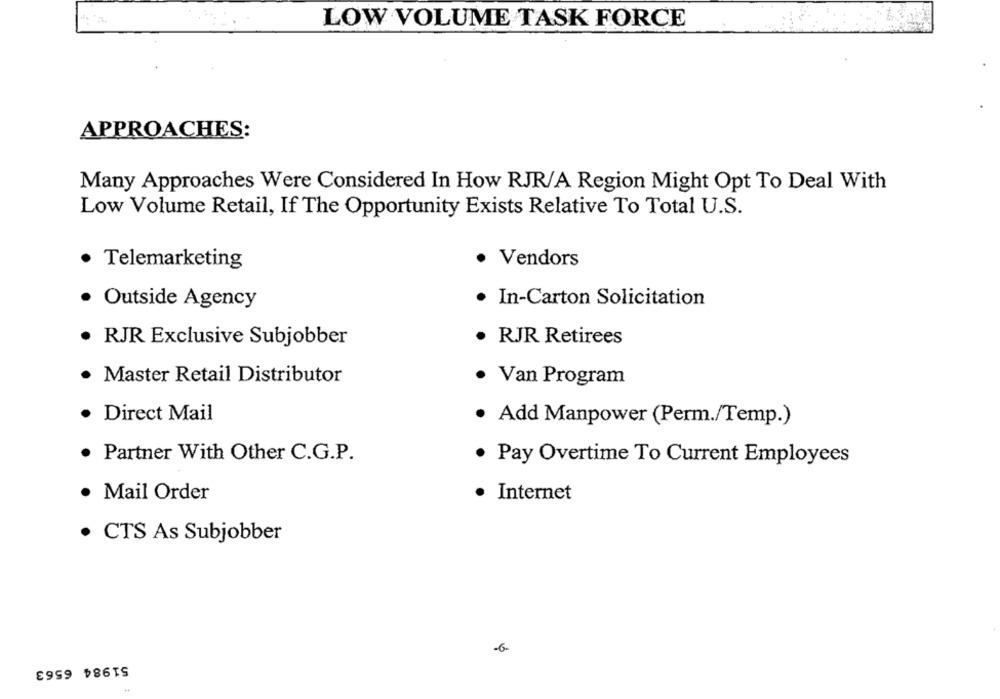
LOW VOLUME TASK FORCE
APPROACHES:
Many Approaches Were Considered In How RJR/A Region Might Opt To Deal With
Low Volume Retail, If The Opportunity Exists Relative To Total U.S.
· Telemarketing
· Vendors
· Outside Agency
In-Carton Solicitation
· RJR Exclusive Subjobber
RJR Retirees
· Master Retail Distributor
· Van Program
· Direct Mail
Add Manpower (Perm./Temp.)
Partner With Other C.G.P.
Pay Overtime To Current Employees
· Mail Order
Internet
· CTS As Subjobber
51984 6563